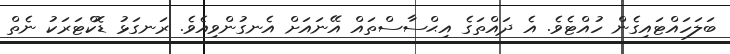
ބަލަހައްޓައިގެން ހުއްޓެވެ. އެ ދައްތަގެ އިޙްސާސްތައް އޭނައަށް އެނގުންވިއެވެ. ރަނގަޅު ޑޮކްޓަރަކު ނެތް